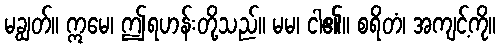
မချွတ်။ ဣမေ၊ ဤရဟန်းတို့သည်။ မမ၊ ငါ၏။ စရိတံ၊ အကျင့်ကို။